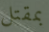
بمقتل